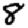
Digit: 8